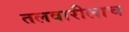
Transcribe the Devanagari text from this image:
तलवारीलाच